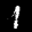
Label: 1